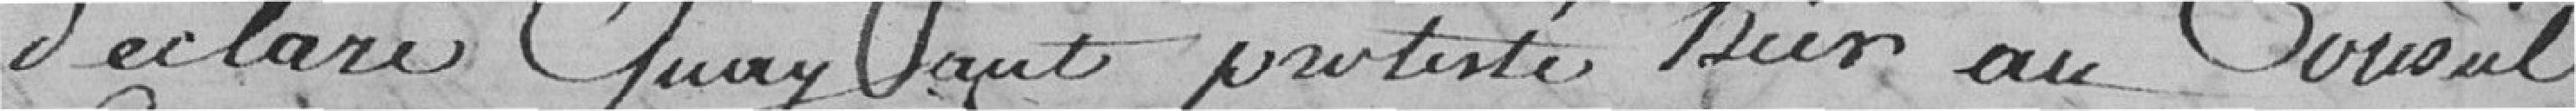
déclaré Qu'ayant protesté hier au Conseil